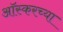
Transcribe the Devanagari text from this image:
आॅस्करच्या